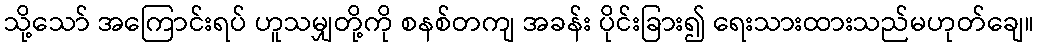
သို့သော် အကြောင်းရပ် ဟူသမျှတို့ကို စနစ်တကျ အခန်း ပိုင်းခြား၍ ရေးသားထားသည်မဟုတ်ချေ။